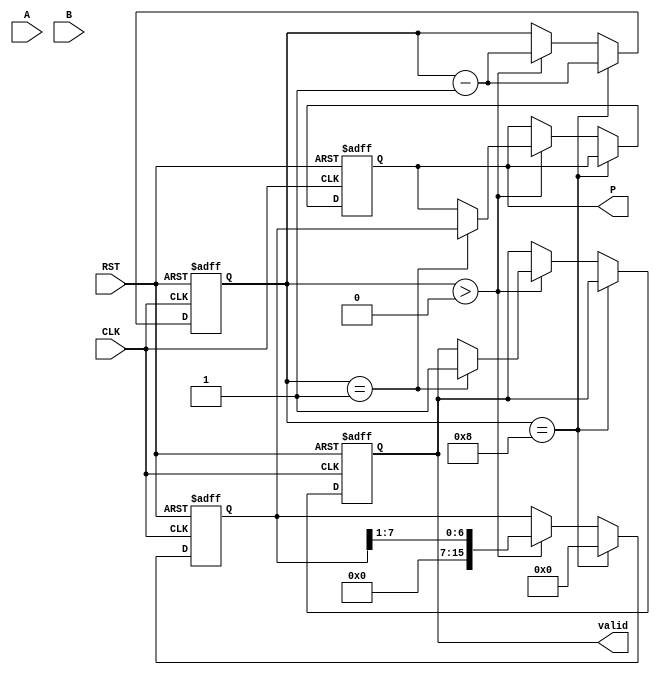
module modified_booth_multiplier #(
    parameter WIDTH = 8 // Width of the inputs (including sign bit)
)(
    input signed [WIDTH-1:0] A,       // Multiplicand
    input signed [WIDTH-1:0] B,       // Multiplier
    input CLK,                         // Clock signal
    input RST,                         // Reset signal
    output reg signed [(2*WIDTH)-1:0] P, // Product
    output reg valid                   // Product valid signal
);

    reg signed [WIDTH-1:0] M;          // Multiplicand Register
    reg signed [WIDTH-1:0] Q;          // Multiplier Register
    reg signed [WIDTH:0] Q_1;          // Q with an extra bit for Booth's algorithm
    reg [WIDTH-1:0] Count;             // Count Register
    reg signed [(2*WIDTH)-1:0] Acc;    // Accumulator for product

    always @(posedge CLK or posedge RST) begin
        if (RST) begin
            // Reset state
            M <= 0;
            Q <= 0;
            Q_1 <= 0;
            Acc <= 0;
            P <= 0;
            valid <= 0;
            Count <= WIDTH;
        end else begin
            if (Count == WIDTH) begin
                // Load inputs during the first cycle
                M <= A;
                Q <= B;
                Q_1 <= 0; // Initialize Q_1 to 0
                Acc <= 0; // Initialize accumulator to 0
                Count <= Count - 1; // Decrement count for processing
            end else if (Count > 0) begin
                // Booth's Algorithm processing
                case ({Q[0], Q_1})
                    2'b00: begin
                        // Do nothing
                    end
                    2'b01: begin
                        // Add M
                        Acc <= Acc + {{1{M[WIDTH-1]}}, M}; // Sign-extend M
                    end
                    2'b10: begin
                        // Subtract M
                        Acc <= Acc - {{1{M[WIDTH-1]}}, M}; // Sign-extend M
                    end
                    2'b11: begin
                        // Do nothing
                    end
                endcase

                // Shift right: Q becomes Q with Acc merged into it
                {Acc, Q} <= {Acc[WIDTH-1:0], Q} >> 1; // Arithmetic right shift

                // Update Q_1 (the previous bit of Q)
                Q_1 <= Q[0];

                // Decrement count
                Count <= Count - 1;

                // Set valid signal when we've finished processing
                if (Count == 1) begin
                    P <= Acc; // Assign final product to output
                    valid <= 1; // Signal that the product is valid
                end
            end else begin
                // Remain in valid state
                valid <= valid; // Maintain valid state
            end
        end
    end

endmodule